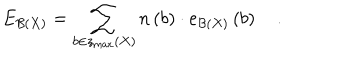
E _ { { \cal B } \left( X \right) } = \sum _ { b \in z _ { \max } \left( X \right) } n \left( b \right) \cdot e _ { { \cal B } \left( X \right) } \left( b \right) \quad .